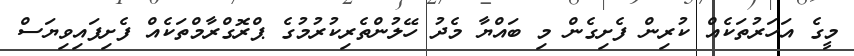
މީގެ އަހަރުތަކެއް ކުރިން ފެށިގެން މި ބައްޔާ މެދު ހޭލުންތެރިކުރުމުގެ ޕްރޮގްރާމްތަކެއް ފެށިފައިވިޔަސް